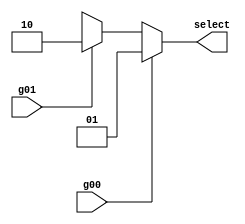
`timescale 1ns / 1ps
//////////////////////////////////////////////////////////////////////////////////
// Company: 
// Engineer: 
// 
// Design Name: 
// Module Name:    selector 
// Project Name: 
// Target Devices: 
// Tool versions: 
// Description: 
//
// Dependencies: 
//
// Revision: 
// Revision 0.01 - File Created
// Additional Comments: 
//
//////////////////////////////////////////////////////////////////////////////////
module selector0( g00, g01, 
                // g10, g11, g12, g13, g14, 
					 // g20, g21, g22, g23, g24, 
					 // g30, g31, g32, g33, g34, 
					//  g40, g41, g42, g43, g44,
                  select					  
    );
input g00, g01;
//input clk, rst;
//input g10, g11, g12, g13, g14; 
//input g20, g21, g22, g23, g24; 
//input g30, g31, g32, g33, g34;
//input g40, g41, g42, g43, g44;
output reg[1:0] select;
always @ (g00 or g01)
begin
if(g00==1)
begin
select = 2'b01;
end
else if(g01==1)
begin
select = 2'b10;
end
else
begin
select = 2'bxx;
end

end	 
endmodule